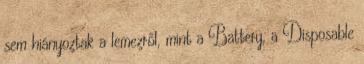
sem hiányoztak a lemezről, mint a Battery, a Disposable